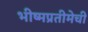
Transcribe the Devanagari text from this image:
भीष्मप्रतीमेची